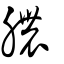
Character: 𧗕